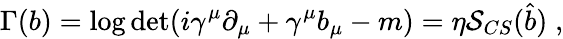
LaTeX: \Gamma(b)=\log\operatorname*{det}(i\gamma^{\mu}\partial_{\mu}+\gamma^{\mu}b_{\mu}-m)=\eta{\cal S}_{CS}(\widehat{b})\; ,